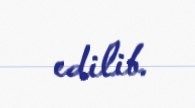
edilib.